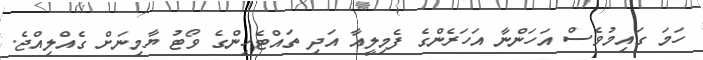
ހަމަ ގައިމުވެސް އަހަންނާ އަހަރެންގެ ފެމިލީއާ އަދި ތައްޓެހިންގެ ވޯޓު ޔާމިނަށް ގެއްލިއްޖެ.